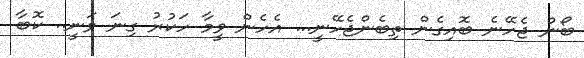
ބޯން ޖެހޭނެ ބޮއިގެން ތިބެންޖެހޭނީ... އެހެން ވީމާ ހަކުރު ގިނަ ވަނީ.. ކޮބާ